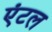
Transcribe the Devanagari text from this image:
एंटल